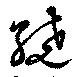
繞